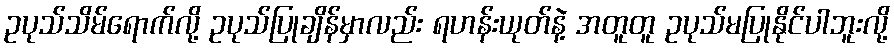
ဥပုသ်သိမ်ရောက်လို့ ဥပုသ်ပြုချိန်မှာလည်း ရဟန်းယုတ်နဲ့ အတူတူ ဥပုသ်မပြုနိုင်ပါဘူးလို့